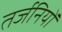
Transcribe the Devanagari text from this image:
तर्जनियों